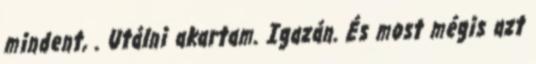
mindent, . Utálni akartam. Igazán. És most mégis azt